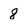
Character: 8